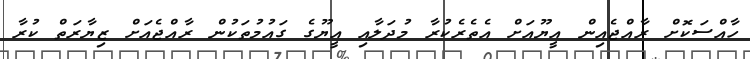
ހާއްސަކޮށް ރާއްޖެއިން އީޔޫއަށް އެތެރެކުރާ މުދަލާއި އީޔޫގެ ގައުމުތަކުން ރާއްޖެއަށް ޒިޔާރަތް ކުރާ